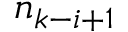
n _ { k - i + 1 }